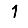
Digit: 1